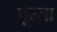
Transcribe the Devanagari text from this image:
पूरता